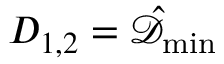
D _ { 1 , 2 } = \hat { \mathcal { D } } _ { \operatorname* { m i n } }